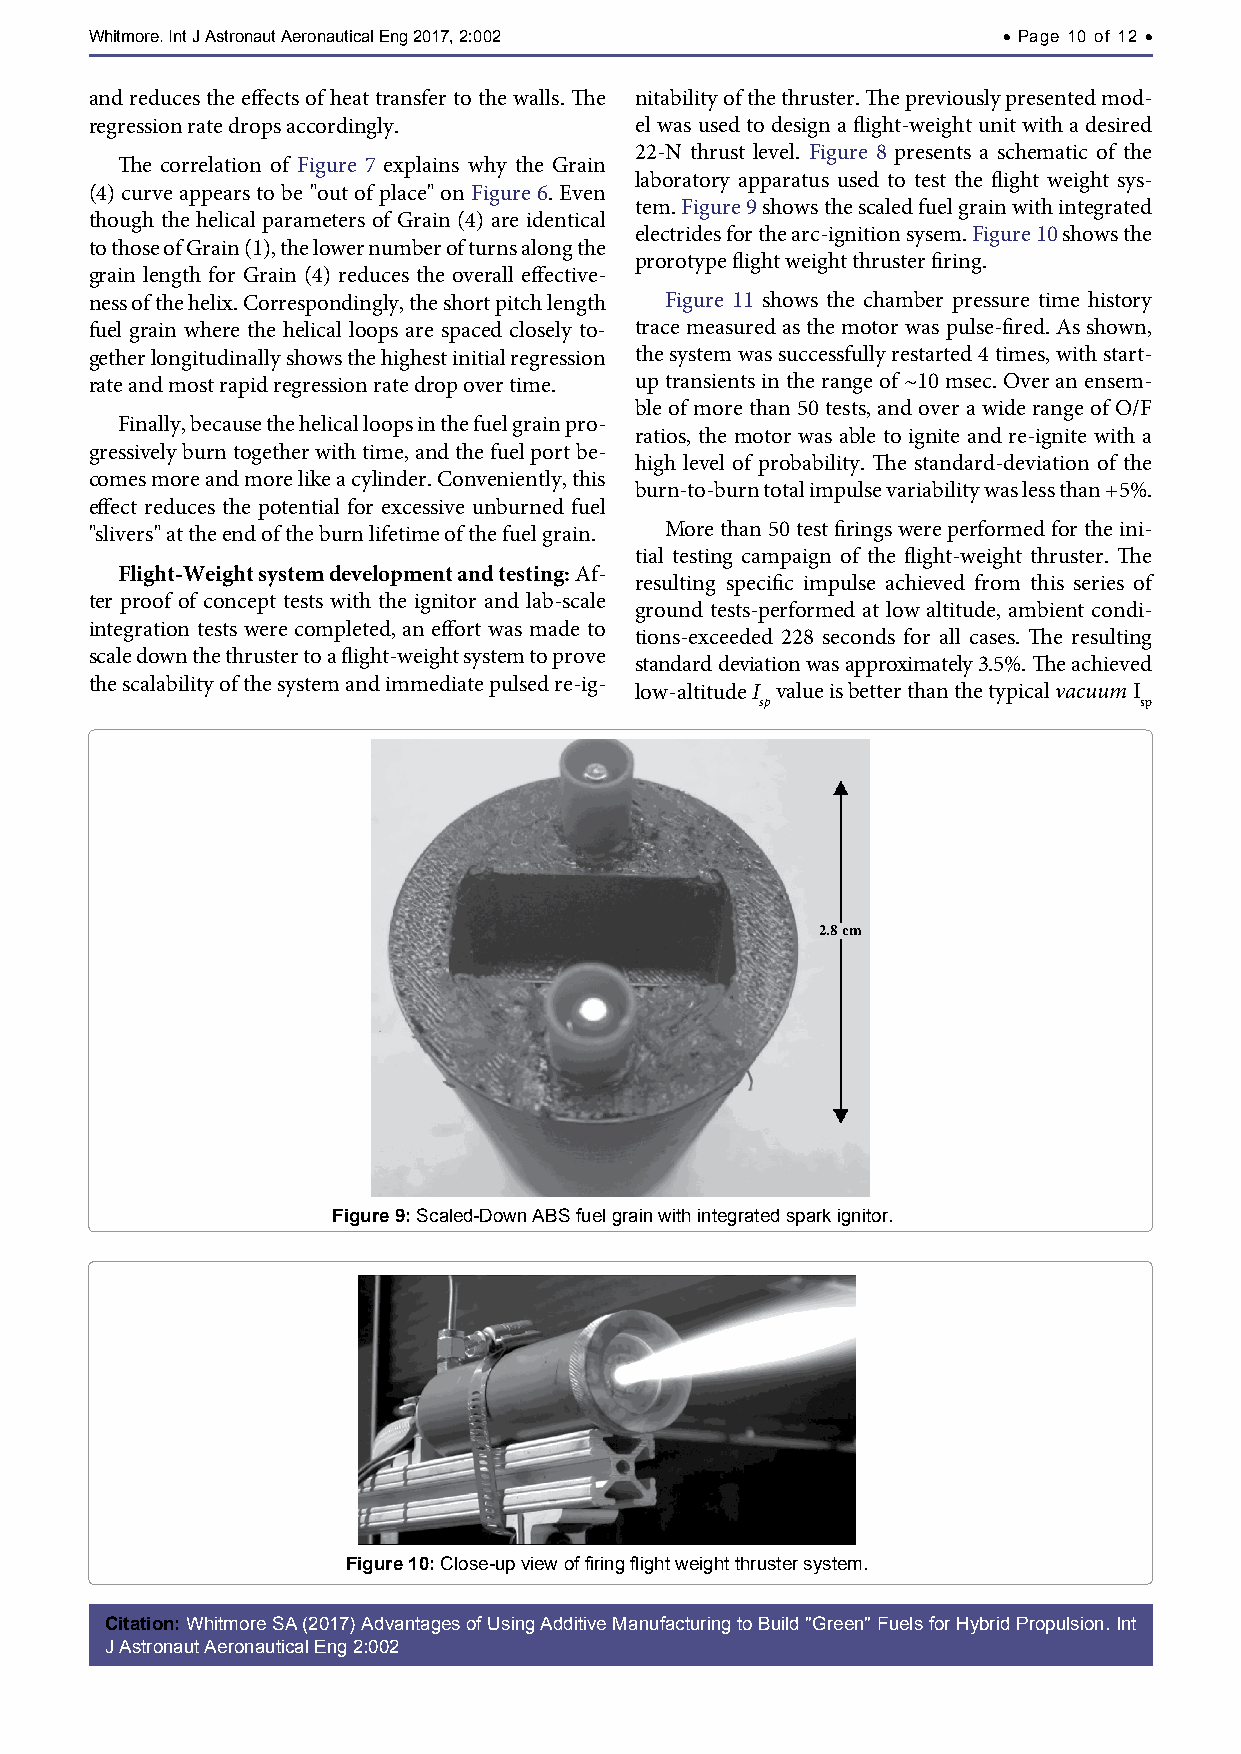
Whitmore. Int J Astronaut Aeronautical Eng 2017, 2:002      • Page 10 of 12 •
 and reduces the effects of heat transfer to the walls. The nitability of the thruster. The previously presented mod-
 regression rate drops accordingly.  el was used to design a flight-weight unit with a desired
 22-N thrust level. Figure 8 presents a schematic of the
 The correlation of Figure 7 explains why the Grain
 laboratory apparatus used to test the flight weight sys-
 (4) curve appears to be "out of place" on Figure 6. Even
 tem. Figure 9 shows the scaled fuel grain with integrated
 though the helical parameters of Grain (4) are identical
 electrides for the arc-ignition sysem. Figure 10 shows the
 to those of Grain (1), the lower number of turns along the
 prorotype flight weight thruster firing.
 grain length for Grain (4) reduces the overall effective-
 ness of the helix. Correspondingly, the short pitch length Figure 11 shows the chamber pressure time history
 fuel grain where the helical loops are spaced closely to- trace measured as the motor was pulse-fired. As shown,
 gether longitudinally shows the highest initial regression the system was successfully restarted 4 times, with start-
 rate and most rapid regression rate drop over time. up transients in the range of ~10 msec. Over an ensem-
 ble of more than 50 tests, and over a wide range of O/F
 Finally, because the helical loops in the fuel grain pro-
 ratios, the motor was able to ignite and re-ignite with a
 gressively burn together with time, and the fuel port be-
 high level of probability. The standard-deviation of the
 comes more and more like a cylinder. Conveniently, this
 burn-to-burn total impulse variability was less than +5%.
 effect reduces the potential for excessive unburned fuel
 "slivers" at the end of the burn lifetime of the fuel grain. More than 50 test firings were performed for the ini-
 tial testing campaign of the flight-weight thruster. The
 Flight-Weight system development and testing: Af-
 resulting specific impulse achieved from this series of
 ter proof of concept tests with the ignitor and lab-scale
 ground tests-performed at low altitude, ambient condi-
 integration tests were completed, an effort was made to
 tions-exceeded 228 seconds for all cases. The resulting
 scale down the thruster to a flight-weight system to prove
 standard deviation was approximately 3.5%. The achieved
 the scalability of the system and immediate pulsed re-ig-
 low-altitude I value is better than the typical vacuum I
 sp                       sp
 2.8 cm
 Figure 9: Scaled-Down ABS fuel grain with integrated spark ignitor.
 Figure 10: Close-up view of firing flight weight thruster system.
 Citation: Whitmore SA (2017) Advantages of Using Additive Manufacturing to Build "Green" Fuels for Hybrid Propulsion. Int
 J Astronaut Aeronautical Eng 2:002